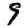
Digit: 9